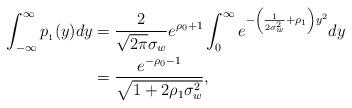
LaTeX: \begin{align*}\int_{-\infty}^{\infty}p_{_1}(y) dy &= \frac{2}{\sqrt{2 \pi}\sigma_w}e^{\rho_0 +1}\int_{0}^{\infty}e^{-\left(\frac{1}{2 \sigma_w^2} +\rho_1\right) y^2} dy \\&=\frac{e^{-\rho_0 -1}}{\sqrt{1 + 2\rho_1 \sigma_w^2}},\end{align*}